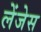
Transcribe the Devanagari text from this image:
लेंजेस